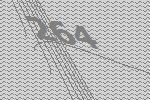
264